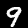
Label: 9